Lunatic asylums Punjab 1881-1894 - 1881-1894
Year: 1881
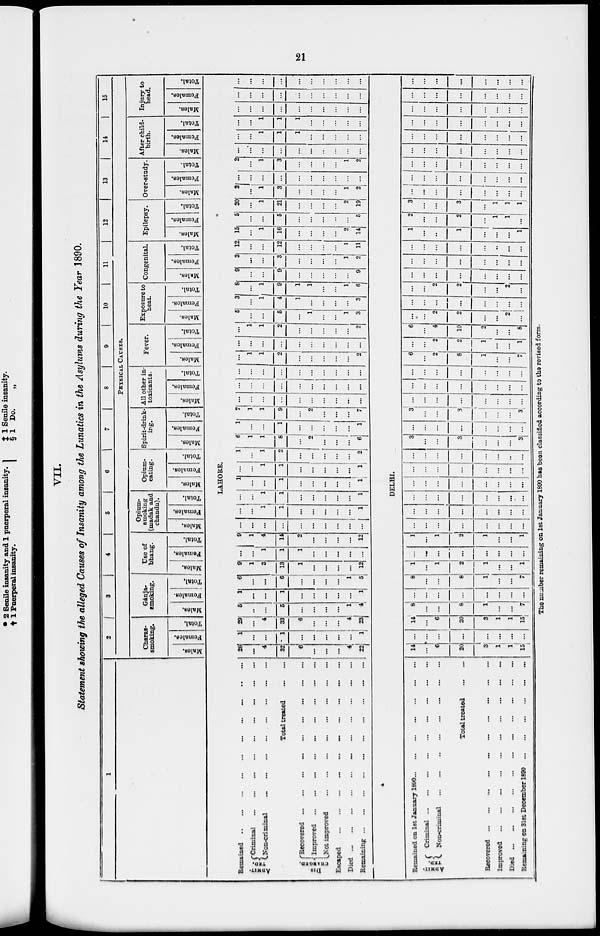
21
VII.
Statement showing the alleged Causes of Insanity among the Lunatics in the Asylums during the Year 1890.
1
Remained ... ... ... ... ... ... ... ... ... ...
ADMIT-
TED
DIS-
CHARGED.
Criminal ... ... ... ... ... ... ... ... ...
Non-criminal ... ... ... ... ... ... ... ... ...
Total treated ... ...
Recovered ... ... ... ... ... ... ... ... ...
Improved ... ... ... ... ... ... ... ... ...
Not improved ... ... ... ... ... ... ... ... ...
Escaped ... ... ... ... ... ... ... ... ... ... ... ... ... ..
Died ... ... ... ... ... ... ... ... ... ... ... ... ... ...
Remaining ... ... ... ... ... ... ... ... ... ... ... ... ... ...
Rermained
on 1st January 1890 ... ... ... ... ... ... ... ...
ADMIT-
TED
Criminal ... ... ... ... ... ... ... ...
Non-criminal ... ... ... ... ... ... ... ... ...
Total treated
...
...
Recovered ... ... ... ... ... ... ... ... ... ... ... ... ... ...
Improved ... ... ... ... ... ... ... ... ... ... ... ... ... ...
Died ... ... ... ... ... ... ... ... ... ... ... ... ... ...
Remaining
on 31st December 1890
...
...
...
...
...
...
...
2
3
4
5
6
7
8
9
10
11
12
13
14
15
PHYSICAL CAUSES.
Charas-
smoking.
Males.
Females.
Total.
Ganja-
smoking.
Males.
Females.
Total.
Use of
bhang.
Mal es . Fe ma l
e s .
Total.
Opium-
smoking
(madak and
chandu).
Malen.
Females.
Total.
Opium-
eating.
Males.
Females.
Total.
Spirit-drink-
ing.
Males.
Females.
Total.
All other in-
toxicants.
Males.
Females.
Total.
Fever.
Males.
Females.
Total.
Exposure to
heat.
Males.
Femalos.
Total.
Congenital.
Males.
Females.
Total.
Epilepsy.
Males.
Females.
Total.
Over-study.
Males.
Females.
Total.
After child-
birth.
Males.
Females.
Total.
Injury to
head.
Males.
Females.
Total.
LAHORE.
28
...
4
32
6
...
...
...
4
22
1
...
...
1
...
...
...
...
...
1
29
...
4
33
6
...
...
...
4
23
5
. ..
...
5
...
...
...
...
1
4
1
...
...
1
...
...
...
...
...
1
6
...
...
6
...
...
...
...
1
5
9
1
3
13
1
...
...
...
...
12
...
...
1
1
1
...
...
...
...
...
9
1
4
14
2
...
...
...
...
12
...
...
...
...
...
...
...
...
...
...
...
...
1
1
...
...
...
...
...
1
...
...
1
1
...
...
...
...
...
1
1
...
...
1
...
...
...
...
1
...
...
1
l
...
...
...
...
...
1
1
...
1
2
...
...
...
...
...
2
6
1
8
...
2
...
...
...
6
1
...
1
...
...
...
...
1
7
1
1
9
...
2
...
...
...
7
...
...
...
...
...
...
...
...
...
...
...
...
...
...
...
...
...
...
...
...
...
...
...
...
...
...
...
...
...
...
...
1
1
2
...
...
...
...
...
2
...
...
...
...
...
...
...
...
...
...
...
3
1
2
...
...
...
...
...
2
5
...
...
5
...
1
...
...
1
3
3
...
1
4
1
...
...
...
...
3
8
...
...
9
1
1
...
...
1
6
9
...
...
9
...
...
...
...
...
9
3
...
...
3
...
...
...
...
1
9
12
...
...
12
...
...
...
...
1
11
15
...
1
16
...
...
...
...
2
14
5
...
...
6
...
...
...
...
...
5
20
...
1
21
...
...
...
...
2
19
2
...
1
3
...
...
...
...
1
2
...
...
...
...
...
...
...
...
...
...
2
...
1
3
...
...
...
...
1
2
...
...
...
...
...
...
...
...
...
...
...
...
1
1
1
...
...
...
...
...
...
...
1
1
1
...
...
...
...
...
...
...
...
...
...
...
...
...
...
...
...
...
...
...
...
...
...
...
...
...
...
...
...
...
...
...
...
...
DELHI.
14
...
6
20
3
1
1
15
...
...
...
...
...
...
...
...
14
...
6
20
3
1
1
15
8
...
...
8
1
...
...
7
...
...
...
...
...
...
...
...
8
...
...
8
1
...
...
7
1
...
1
2
1
...
...
1
...
...
...
...
...
...
...
...
1
...
1
2
1
...
...
1
...
...
...
...
...
...
...
...
...
...
...
...
...
...
...
...
...
...
...
...
...
...
...
...
...
...
...
...
...
...
...
...
... ...
...
...
...
...
...
...
... ...
...
...
...
...
...
3
...
...
3
...
...
...
3
...
...
...
...
...
...
...
...
3
...
...
3
...
...
...
3
...
...
...
...
...
...
...
...
...
...
...
...
...
...
...
...
...
...
...
...
...
...
...
...
6
2
...
8
1
...
...
7
...
2
...
2
1
...
...
1
6
4
...
10
2
...
...
8
...
2
...
2
...
...
2
...
...
...
...
...
...
...
...
...
...
...
...
2
...
...
2
...
...
...
...
...
...
...
...
...
...
...
...
...
...
...
...
...
...
...
...
...
...
...
...
...
1
...
...
1
...
...
...
1
2
...
...
2
...
1
1
...
3
...
...
3
...
1
1
1
...
...
...
...
...
...
...
...
...
...
...
...
...
...
...
...
...
...
...
...
...
...
...
...
...
...
...
...
...
...
...
...
...
...
...
...
...
...
...
...
...
...
...
...
...
...
...
...
...
...
...
...
...
...
...
...
...
...
...
...
...
...
...
...
...
...
...
...
...
...
The number remaining on 1st January 1890 has been classified according to the revised form.